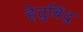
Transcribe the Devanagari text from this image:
हेतुबिंदु